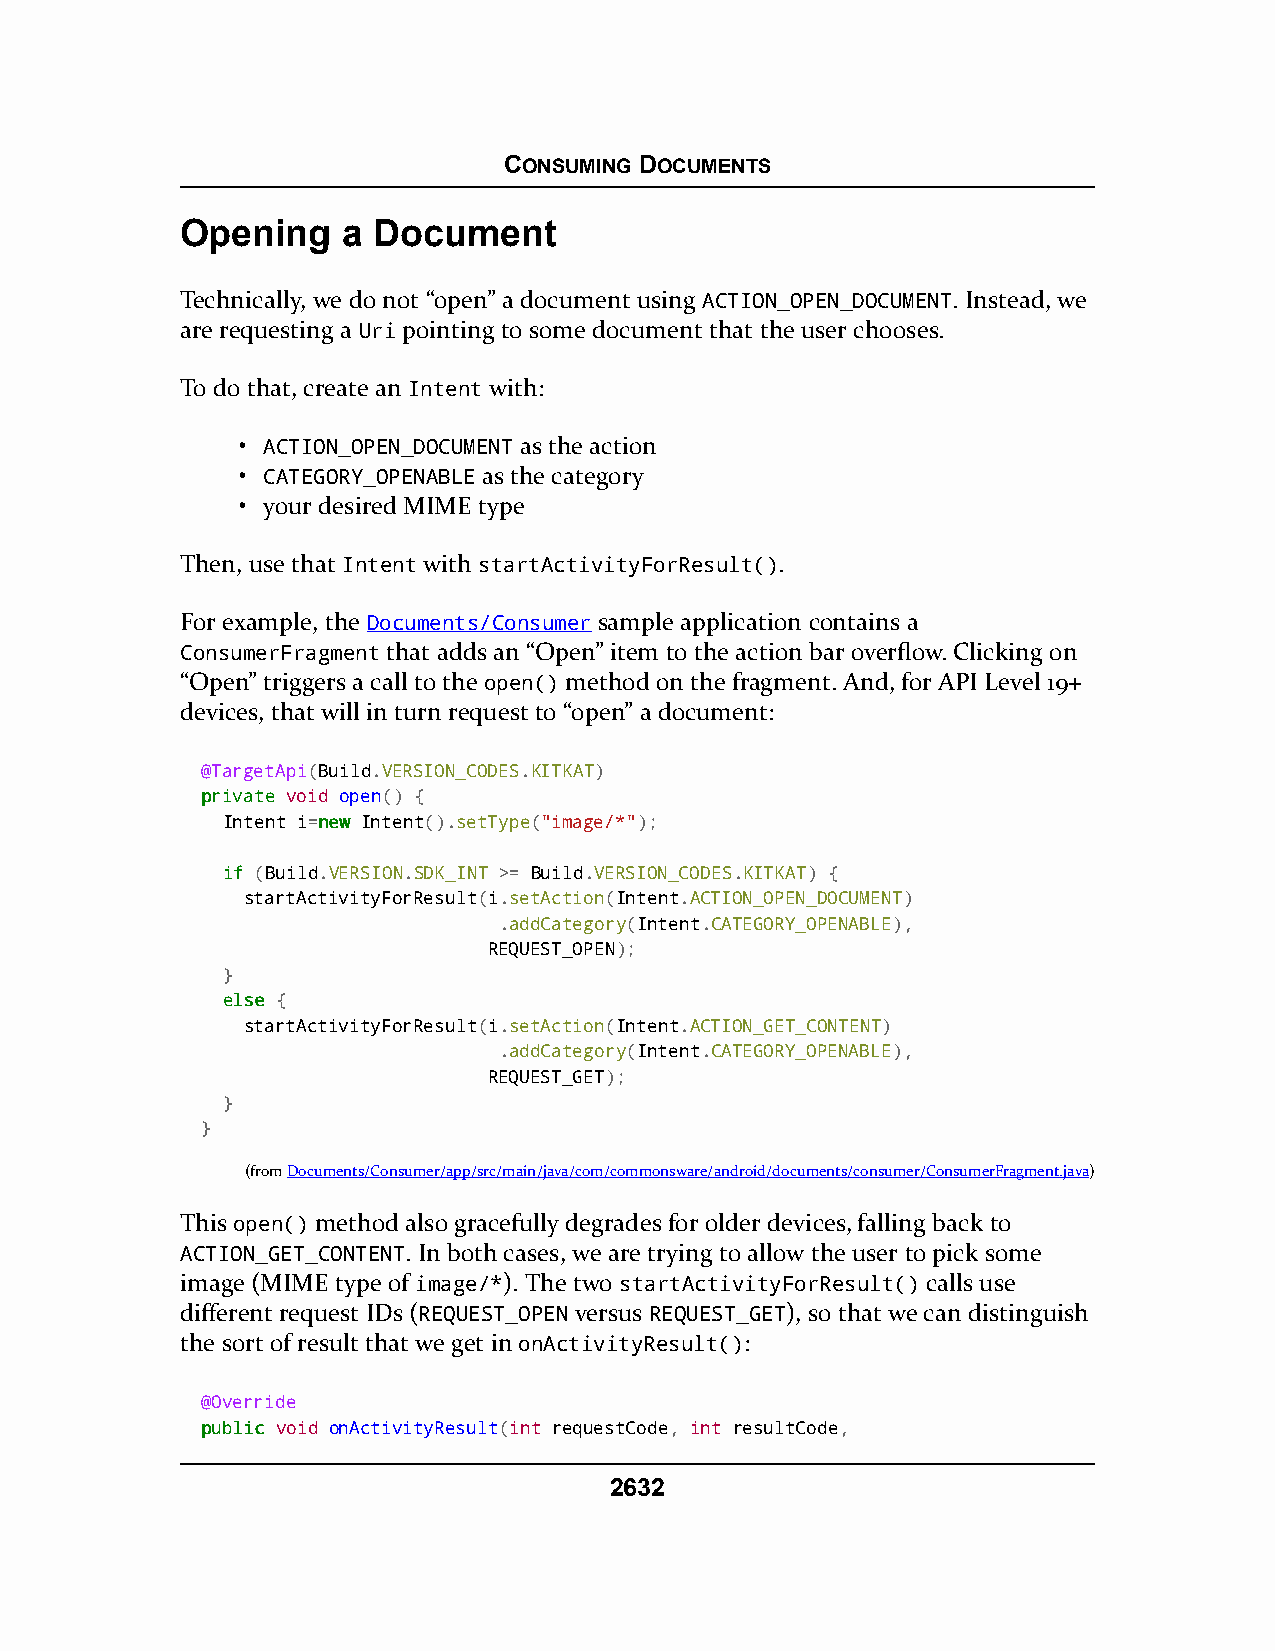
CONSUMING DOCUMENTS
 Opening    a Document
 Technically, we do not “open” a document using ACTION_OPEN_DOCUMENT. Instead, we
 are requesting a Uri pointing to some document that the user chooses.
 To do that, create an Intent with:
 • ACTION_OPEN_DOCUMENT as the action
 • CATEGORY_OPENABLE as the category
 • your desired MIME type
 Then, use that Intent with startActivityForResult().
 For example, the Documents/Consumer sample application contains a
 ConsumerFragment that adds an “Open” item to the action bar overflow. Clicking on
 “Open” triggers a call to the open() method on the fragment. And, for API Level 19+
 devices, that will in turn request to “open” a document:
 @TargetApi(Build.VERSION_CODES.KITKAT)
 pprriivvaattee void open() {
 Intent i=nneeww Intent().setType("image/*");
 iiff (Build.VERSION.SDK_INT >= Build.VERSION_CODES.KITKAT) {
 startActivityForResult(i.setAction(Intent.ACTION_OPEN_DOCUMENT)
 .addCategory(Intent.CATEGORY_OPENABLE),
 REQUEST_OPEN);
 }
 eellssee {
 startActivityForResult(i.setAction(Intent.ACTION_GET_CONTENT)
 .addCategory(Intent.CATEGORY_OPENABLE),
 REQUEST_GET);
 }
 }
 (fromDocuments/Consumer/app/src/main/java/com/commonsware/android/documents/consumer/ConsumerFragment.java)
 This open() method also gracefully degrades for older devices, falling back to
 ACTION_GET_CONTENT. In both cases, we are trying to allow the user to pick some
 image (MIME type of image/*). The two startActivityForResult() calls use
 different request IDs (REQUEST_OPEN versus REQUEST_GET), so that we can distinguish
 the sort of result that we get in onActivityResult():
 @Override
 ppuubblliicc void onActivityResult(int requestCode, int resultCode,
 2632